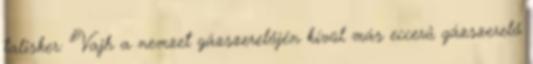
talisker: "Vajh a nemzet gázszerelőjén kívül más eccerű gázszerelő